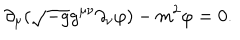
\partial _ { \mu } ( \sqrt { - g } g ^ { \mu \nu } \partial _ { \nu } \varphi ) - m ^ { 2 } \varphi = 0 .